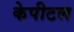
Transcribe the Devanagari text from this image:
केपीटल